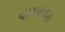
વાસનાભરી